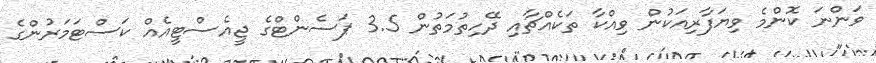
ވަންނަ ކޮންމެ ވިޔަފާރިއަކުން ވިއްކާ ތަކެއްޗާއި ދޭހިތުމަތުން 3.5 ޕަސެންޓްގެ ޖީއެސްޓީއެއް ކަސްޓަމަރުންގެ